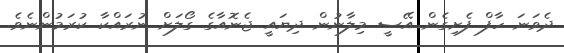
ދެވަނަ ހާފް ފެށިގެން އޭސީ މިލާނުން ދިޔައީ ޖެނޮއާގެ ގޯލަށް ނުރައްކާ ކުރަމުންނެވެ.